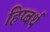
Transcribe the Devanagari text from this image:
हिप्बर्थ